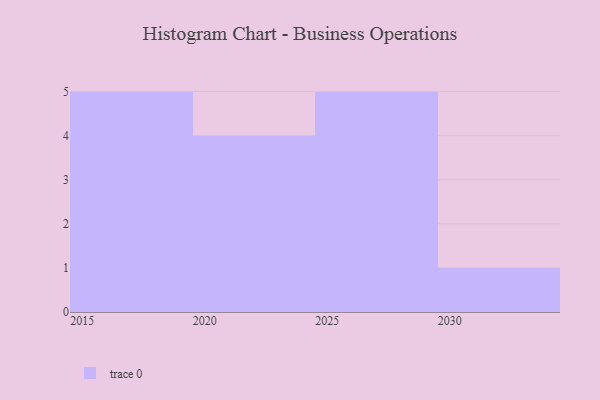
{"axis": {"x": "Year", "y": "Operating Costs (USD K)"}, "legend": [""], "data": [{"x": "2029", "y": 49, "type": ""}, {"x": "2024", "y": 9, "type": ""}, {"x": "2026", "y": 18, "type": ""}, {"x": "2022", "y": 17, "type": ""}, {"x": "2023", "y": 98, "type": ""}, {"x": "2016", "y": 68, "type": ""}, {"x": "2025", "y": 91, "type": ""}, {"x": "2020", "y": 21, "type": ""}, {"x": "2018", "y": 2, "type": ""}, {"x": "2017", "y": 78, "type": ""}, {"x": "2015", "y": 96, "type": ""}, {"x": "2028", "y": 31, "type": ""}, {"x": "2027", "y": 47, "type": ""}, {"x": "2030", "y": 59, "type": ""}, {"x": "2019", "y": 100, "type": ""}]}